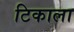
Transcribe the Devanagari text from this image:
टिकाला